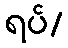
ရပ်/